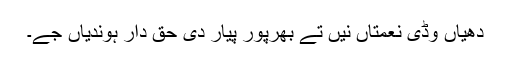
دھیاں وڈی نعمتاں نیں تے بھرپور پیار دی حق دار ہوندیاں جے۔